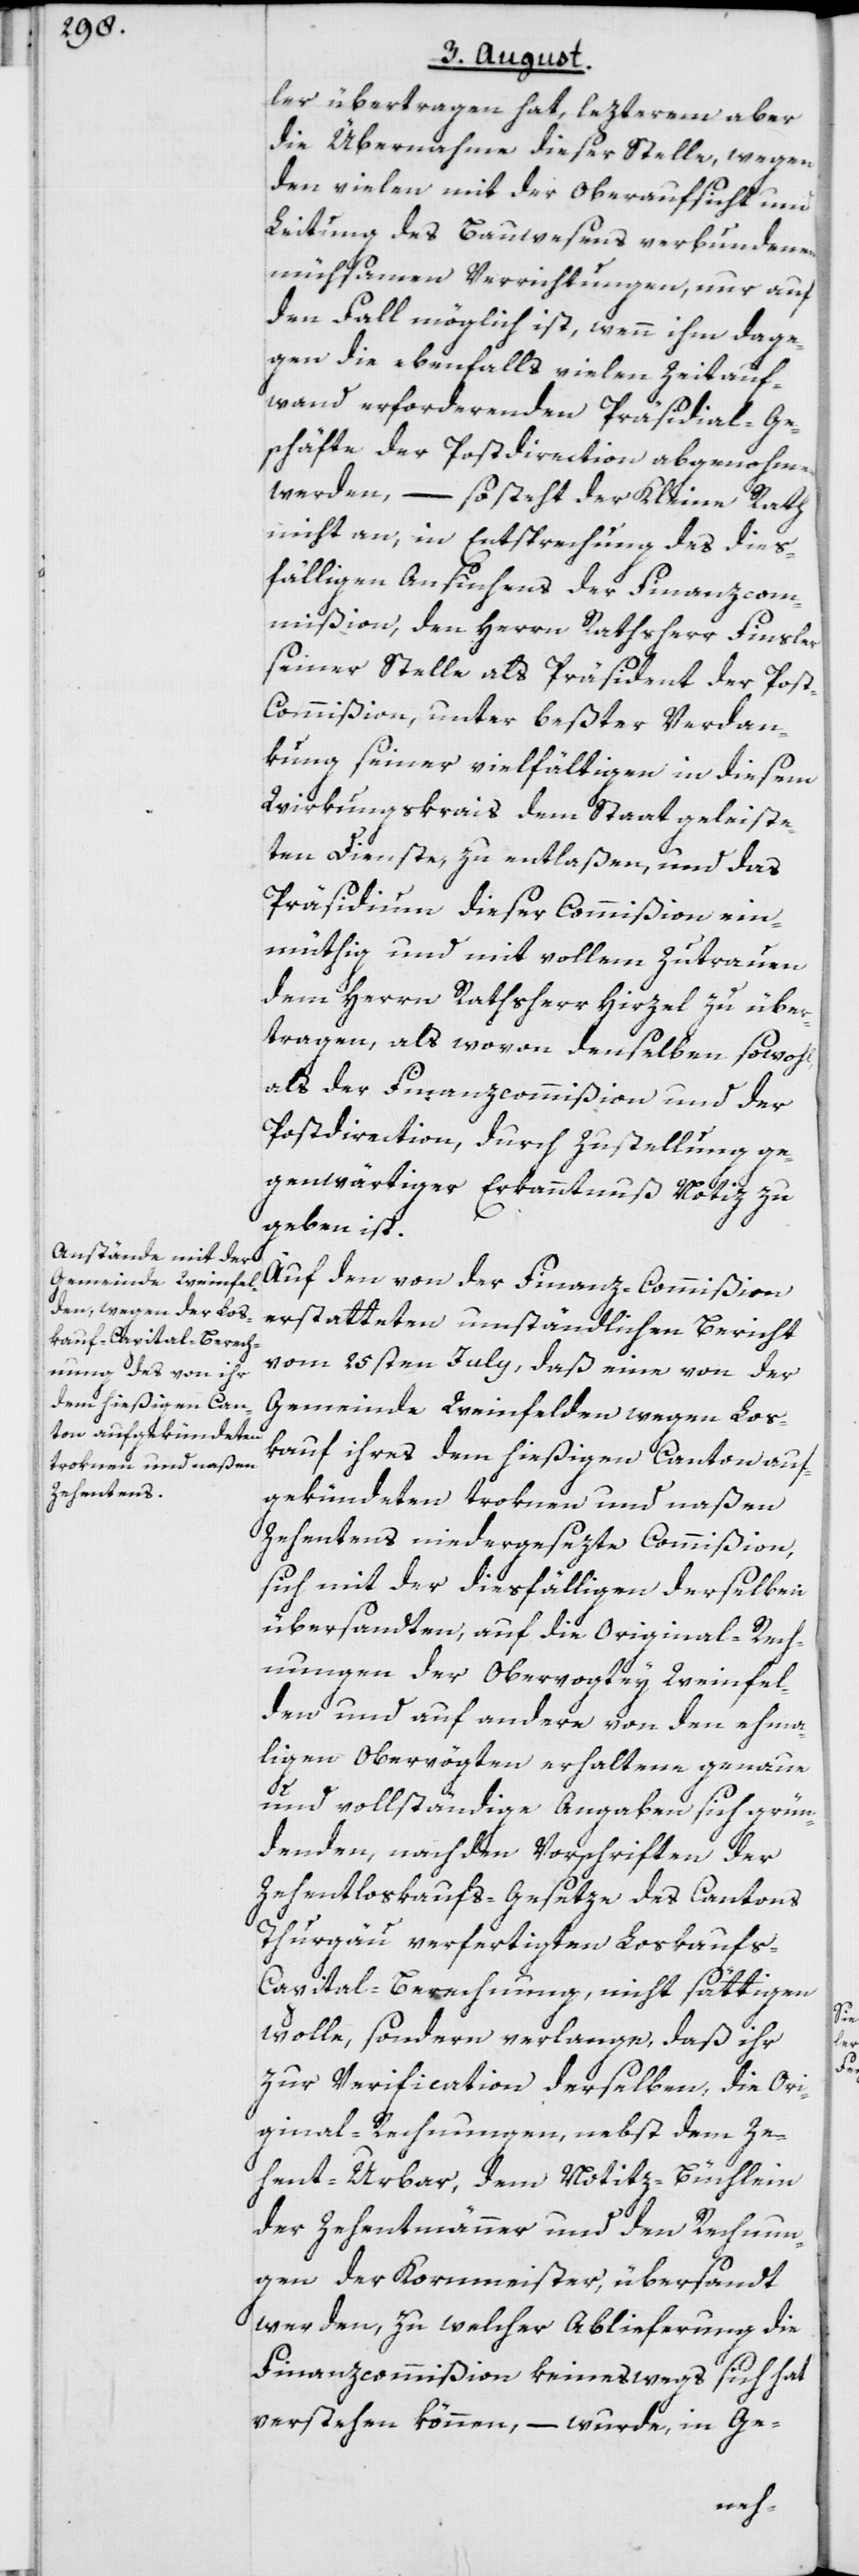
ler übertragen hat, lezterem aber
die Übernahme dieser Stelle, wegen
den vielen mit der Oberaufsicht und
Leitung des Bauwesens verbundenen
mühsamen Verrichtungen, nur auf
den Fall möglich ist, wenn ihm dage¬
gen die ebenfalls vielen Zeitauf¬
wand erforderenden Präsidial-Ge¬
schäfte der Postdirection abgenohmen
werden, – so steht der Kleine Rath
nicht an, in Entsprechung des dies¬
fälligen Ansuchens der Finanzcom¬
mißion, den Herrn Rathsherr Finsler
seiner Stelle als Präsident der Pos¬
t-Commißion, unter beßter Verdan¬
kung seiner vielfältigen in diesem
Wirkungskrais dem Staat geleiste¬
ten Dienste, zu entlaßen, und das
Präsidium dieser Commißion ein¬
müthig und mit vollem Zutrauen
dem Herrn Rathsherr Hirzel zu über¬
tragen, als wovon denselben sowohl,
als der Finanzcommißion und der
Postdirection, durch Zustellung ge¬
genwärtiger Erkanntnuß Notiz zu
geben ist.
Auf den von der Finanz-Commißion
erstatteten umständlichen Bericht
vom 25sten July, daß eine von der
Gemeinde Weinfelden wegen Los¬
kauf ihres dem hießigen Canton auf¬
gekündeten troknen und naßen
Zehentens niedergesezte Commißion,
sich mit der diesfälligen derselben
übersandten, auf die Original-Rech¬
nungen der Obervogtey Weinfel¬
den und auf andere von den ehma¬
ligen Obervögten erhaltene genaue
und vollständige Angaben sich grün¬
denden, nach den Vorschriften der
Zehentloskaufs-Gesetze des Cantons
Thurgau verfertigten Loskauf¬
s-Capital-Berechnung, nicht sättigen
wolle, sondern verlange, daß ihr
zur Verification derselben, die Ori¬
ginal-Rechnungen, nebst dem Ze¬
hent-Urbar, dem Notitz-Büchlein
der Zehentmänner und den Rechnun¬
gen der Kornmeister, übersandt
werden, zu welcher Ablieferung die
Finanzcommißion keineswegs sich hat
verstehen können, – wurde, in Ge-